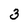
Character: 3